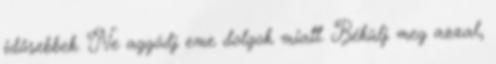
idősebbek. Ne aggódj eme dolgok miatt. Békülj meg azzal,